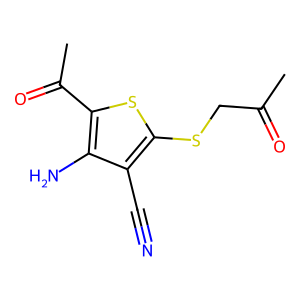
SMILES: CC(=O)CSc1sc(C(C)=O)c(N)c1C#N
Inhibits HIV replication: No